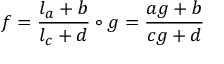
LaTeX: f = \frac { l _ { a } + b } { l _ { c } + d } \circ g = \frac { a g + b } { c g + d }